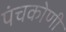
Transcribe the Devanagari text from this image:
पंचकोणी